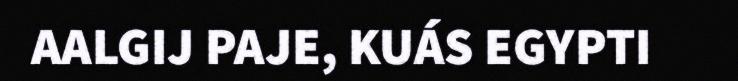
AALGIJ PAJE, KUÁS EGYPTI